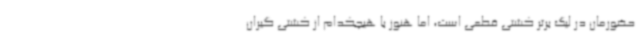
حضورمان در لیگ برتر کشتی قطعی است، اما هنوز با هیچکدام از کشتی گیران